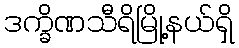
ဒက္ခိဏသီရိမြို့နယ်ရှိ